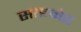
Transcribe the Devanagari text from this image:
साइनेट